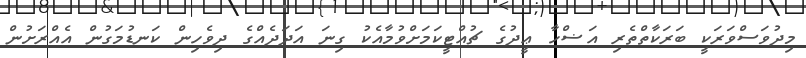
މިދުވަސްވަރަކީ ބަރަކާތްތެރި އަޟްހާ ޢީދުގެ ޗުއްޓީކަމަށްވުމާއެކު ގިނަ އަދަދެއްގެ ދިވެހިން ކަނޑުމަގުން އެއްރަށުން